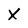
Character: X